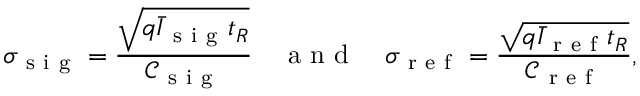
\sigma _ { \mathrm { ~ s ~ i ~ g ~ } } = \frac { \sqrt { q \bar { I } _ { \mathrm { ~ s ~ i ~ g ~ } } t _ { R } } } { \mathcal { C } _ { \mathrm { ~ s ~ i ~ g ~ } } } \quad \mathrm { ~ a ~ n ~ d ~ } \quad \sigma _ { \mathrm { ~ r ~ e ~ f ~ } } = \frac { \sqrt { q \bar { I } _ { \mathrm { ~ r ~ e ~ f ~ } } t _ { R } } } { \mathcal { C } _ { \mathrm { ~ r ~ e ~ f ~ } } } ,